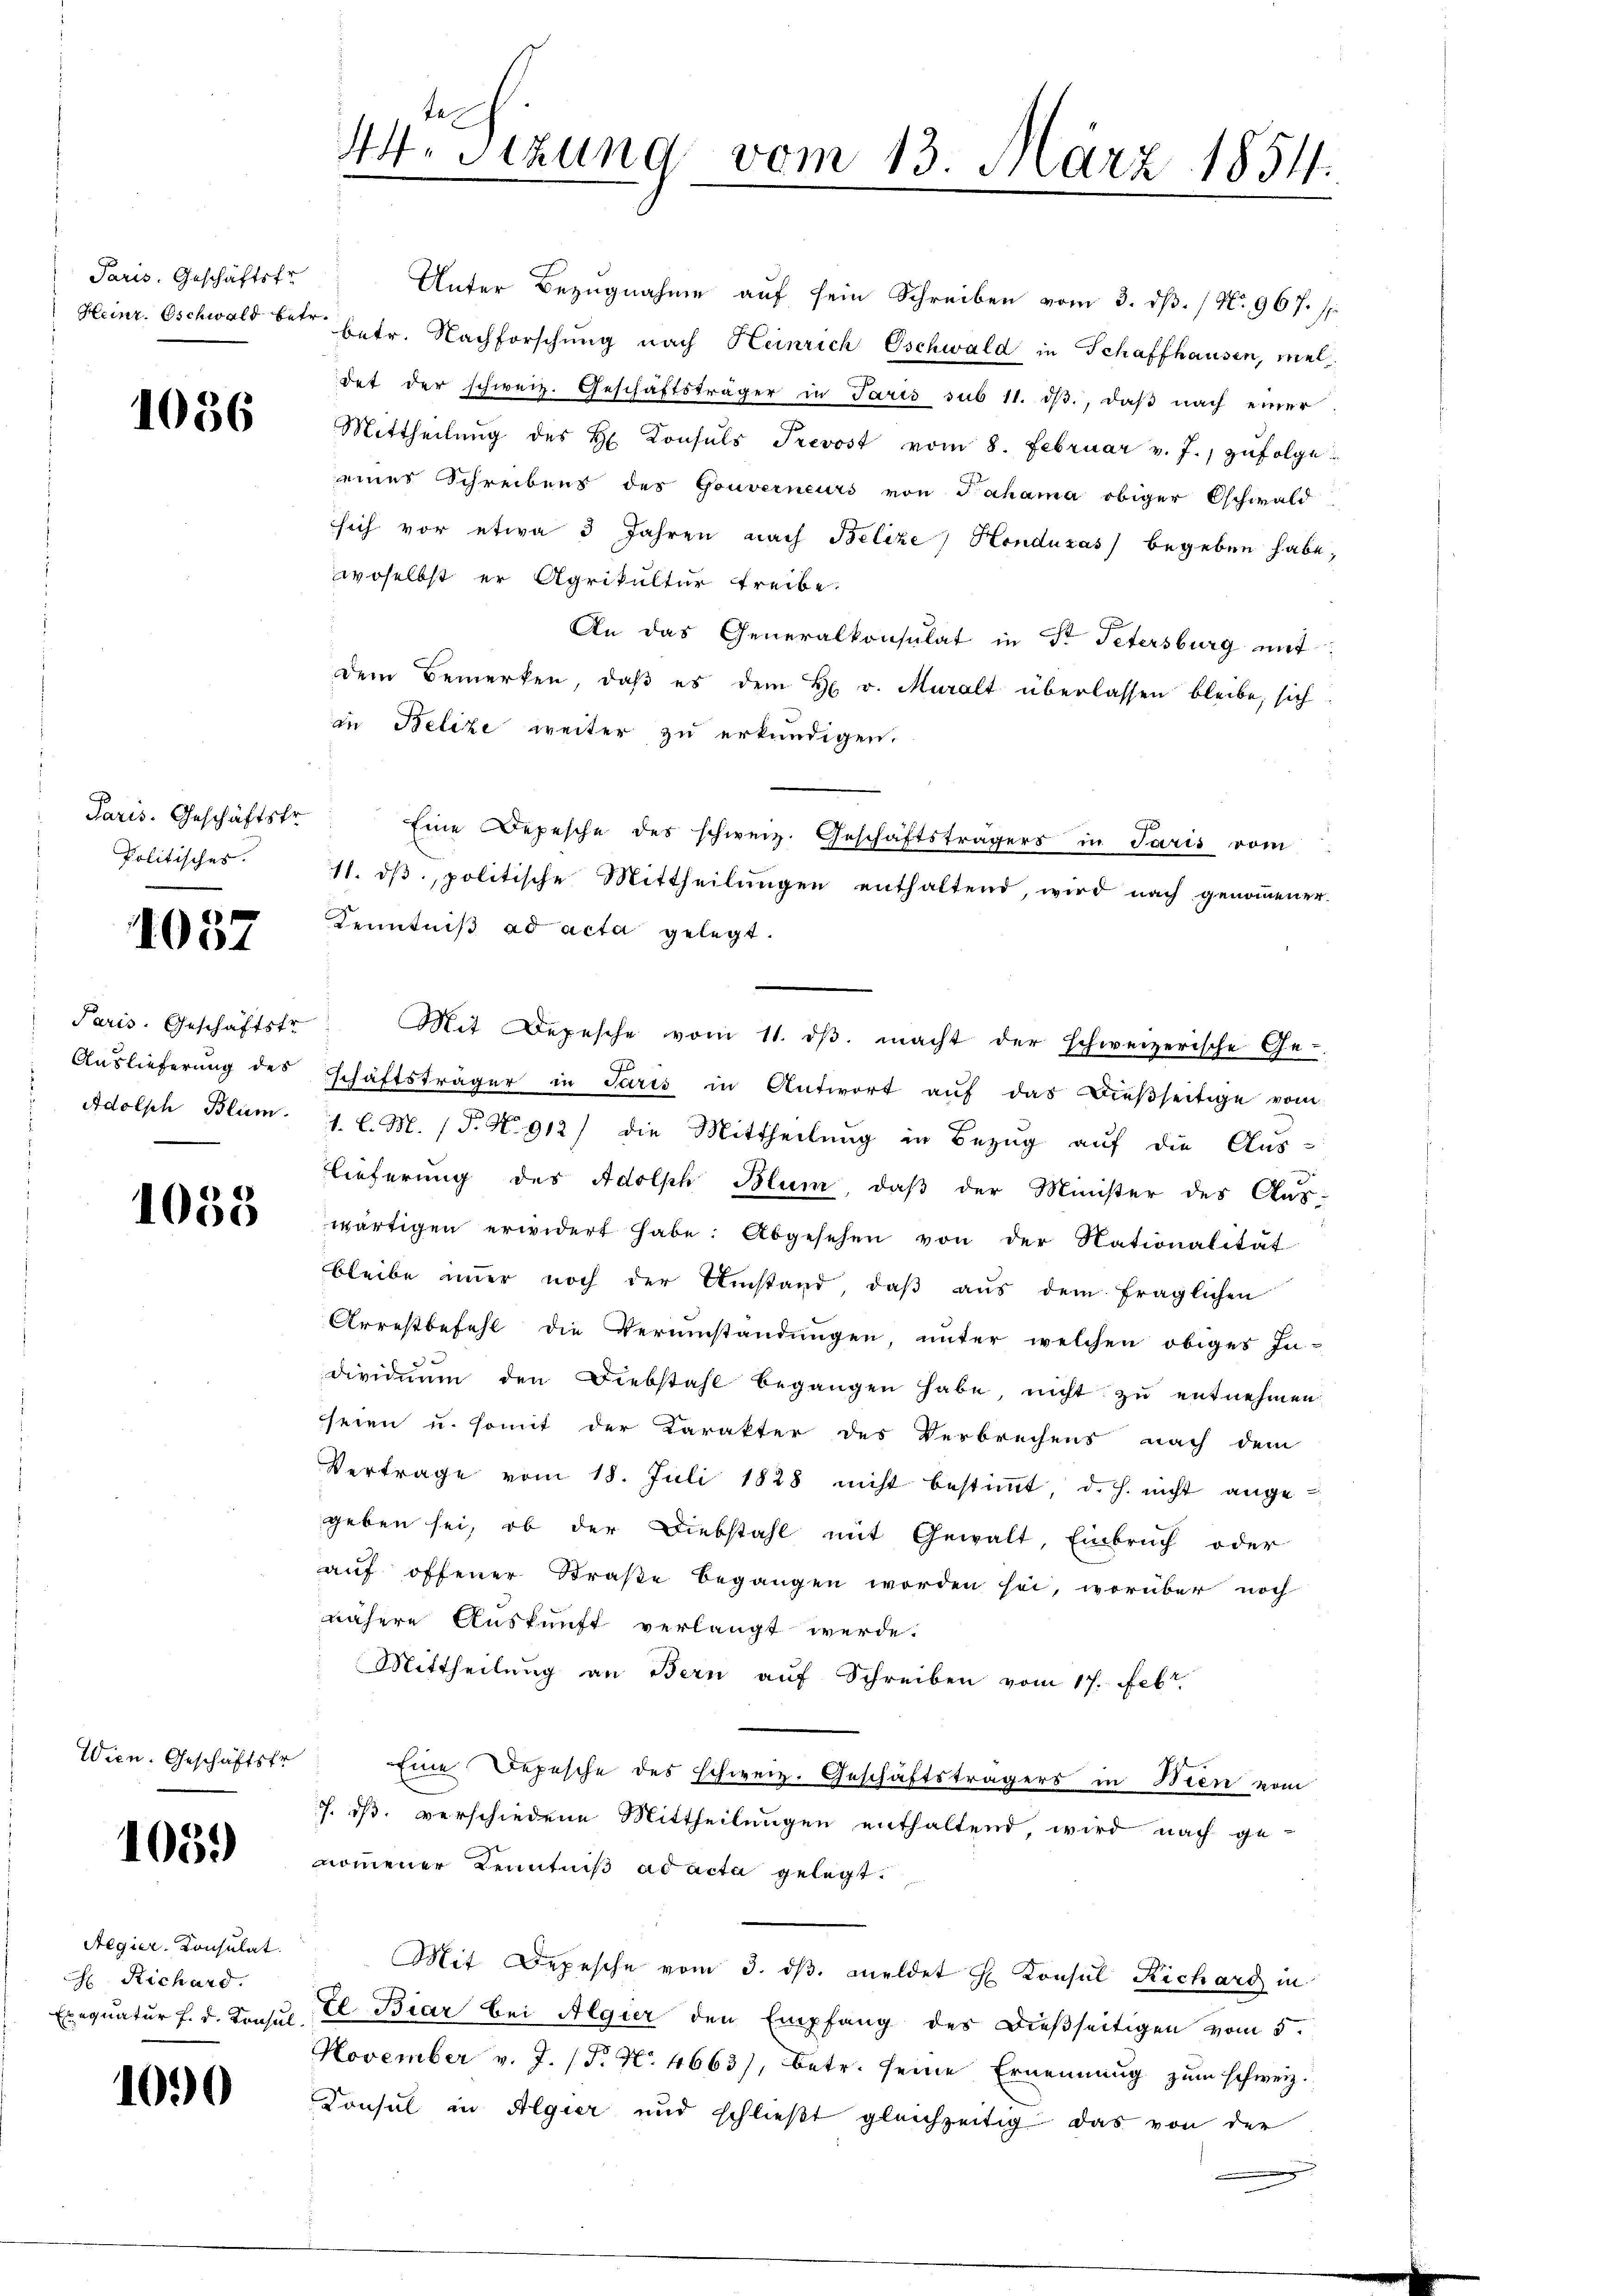
Paris. Geschäftstr

1056

Paris. Geschäftstr.
Politisches.

1057

Paris. Geschäftstr

1055

Wien. Geschäftsfr.

1039

1090

Aegier- Konsulat
 Richard.

te.
44. Sizung vom 13. März 1854.
e

Unter Bezugnahme auf sein Schreiben vom 3. dß. / No. 967. 1
Heinr. Oschwald betr. betr. Nachforschung nach Heinrich Oschwald in Schaffhausen, meldet der schweiz. Geschäftsträger in Paris sub 11. ds., daß nach einer
Mittheilŭng des H. Konsuls Prevost vom 8. Februar v. J., zŭfolge
eines Schreibens des Gouverneurs von Jahama obiger Oschwald-
sich vor etwa 3 Jahren nach Belize Honduzas) begeben habe,
woselbst er Agrikultur treibe.
An das Generalkonsulat in Sr Petersburg mit
Dem Bemerken, daβ es dem H. v. Muralt überlassen bleibe, sich
in Belize weiter zu erkundigen.
Eine Depesche des schweiz. Geschäftsträgers in Paris vom
11. dβ, politische Mittheilungen enthaltend, wird nach genommener
Kenntniß ad acta gelegt.
Mit Depesche vom 11. dβ. macht der schweizerische Ge-
Aŭslieferŭng des schäftsträger in Paris in Antwort aŭf das Bieβseitige vom
Adolph Blum. 1. l. M. P. N. 912) die Mittheilung in Bezug auf die Aus-
lieferung des Adolph Blum, daß der Minister des Aus-
wärtigen erwidert habe. Abgesehen von der Nationalität
bleibe immer noch der Umstand, daβ aŭs dem fraglichen
Arrestbefehl die Verumständungen, unter welchen obiges In-
dividuum den Diebstahl begangen habe, nicht zŭ entnehmen:
seien u. somit der Karakter des Verbrechens nach dem
Vertrage vom 18. Juli 1828 nicht bestimmt, d.h. nicht ange-
geben sei, ob der Diebstahl mit Gewalt, Einbruch oder
auf offener Straße begangen worden sei, worüber noch
nähere Auskunft verlangt werde.
Mittheilung an Bern auf Schreiben vom 17. Febr.
Eine Depesche des schweiz. Geschäftsträgers in Wien vom
J. dß. verschiedene Mittheilungen enthaltend, wird nach ge-
nommener Kenntniß ad acta gelegt.
Mit Depesche vom 3. dβ. meldet H. Konsul Richarg in
Exequatur h. d. Konsul El. Biar bei Algier den Empfang des dießseitigen vom 5.
November v. J. (T. No. 4663), Betr. seine Ernennung zum schweiz.
Konsul in Algier und schließt gleichzeitig das von der